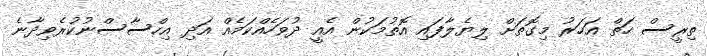
ތިރީސް ހަތް އަހަރު މިގޮތަށް ލިޔެލާފައި އޮތުމަކުން އެއީ ދުވަހެއްކަމެއް އަދި އިހްސާސްނުކުރެވިދާނެ